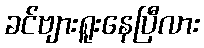
ခင်ဗျားရူးနေပြီလား